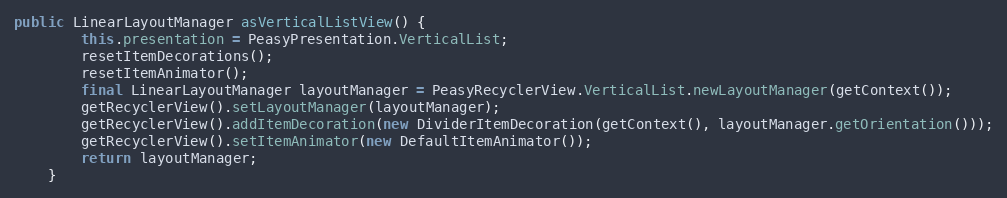
Language: Java
public LinearLayoutManager asVerticalListView() {
        this.presentation = PeasyPresentation.VerticalList;
        resetItemDecorations();
        resetItemAnimator();
        final LinearLayoutManager layoutManager = PeasyRecyclerView.VerticalList.newLayoutManager(getContext());
        getRecyclerView().setLayoutManager(layoutManager);
        getRecyclerView().addItemDecoration(new DividerItemDecoration(getContext(), layoutManager.getOrientation()));
        getRecyclerView().setItemAnimator(new DefaultItemAnimator());
        return layoutManager;
    }